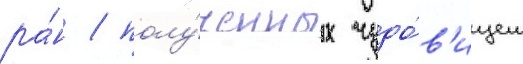
ра́н / полу́ченных чудо́в'ищем